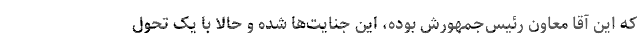
که این آقا معاون رئیس‌جمهورش بوده، این جنایت‌ها شده و حالا با یک تحول